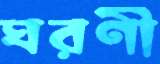
ঘরণী